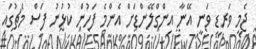
ޖެމީ ވަރޑީ ވަނީ އޭނާ އިންގްލޭންޑަށް އެންމެ ފަހުން ކުޅުނު ފަސް މެޗުގައި